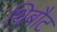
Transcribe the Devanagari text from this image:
थिबौट